Report of the Indian Hemp Drugs Commission, 1894-1895 - Volume V
Year: 1894
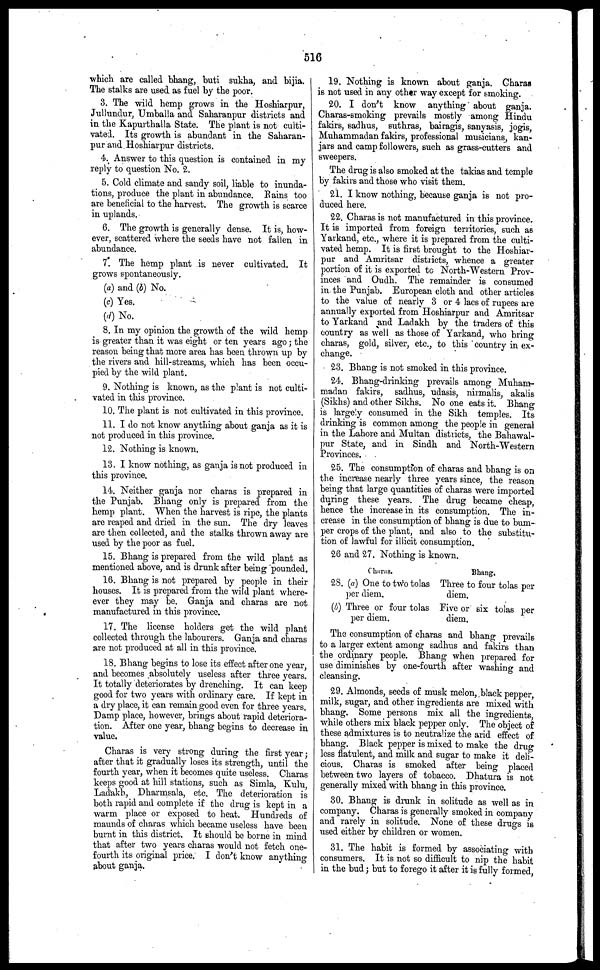
516
which are called bhang, buti sukha, and bijia.
The stalks are used as fuel by the poor.
3. The wild hemp grows in the Hoshiarpur,
Jullundur, Umballa and Saharanpur districts and
in the Kapurthalla State. The plant is not culti-
vated. Its growth is abundant in the Saharan-
pur and Hoshiarpur districts.
4. Answer to this question is contained in my
reply to question No. 2.
5. Cold climate and sandy soil, liable to inunda-
tions, produce the plant in abundance. Rains too
are beneficial to the harvest. The growth is scarce
in uplands.
6. The growth is generally dense. It is, how-
ever, scattered where the seeds have not fallen in
abundance.
7. The hemp plant is never cultivated. It
grows spontaneously.
(a) and (b) No.
(c) Yes.
(d) No.
8. In my opinion the growth of the wild hemp
is greater than it was eight or ten years ago ; the
reason being that more area has been thrown up by
the rivers and hill-streams, which has been occu-
pied by the wild plant.
9. Nothing is known, as the plant is not culti-
vated in this province.
10. The plant is not cultivated in this province.
11. I do not know anything about ganja as it is
not produced in this province.
12. Nothing is known.
13. I know nothing, as ganja is not produced in
this province.
14. Neither ganja nor charas is prepared in
the Punjab. Bhang only is prepared from the
hemp plant. When the harvest is ripe, the plants
are reaped and dried in the sun. The dry leaves
are then collected, and the stalks thrown away are
used by the poor as fuel.
15. Bhang is prepared from the wild plant as
mentioned above, and is drunk after being pounded.
16. Bhang is not prepared by people in their
houses. It is prepared from the wild plant where-
ever they may be. Ganja and charas are not
manufactured in this province.
17. The license holders get the wild plant
collected through the labourers. Ganja and charas
are not produced at all in this province.
18. Bhang begins to lose its effect after one year,
and becomes absolutely useless after three years.
It totally deteriorates by drenching. It can keep
good for two years with ordinary care. If kept in
a dry place, it can remain good even for three years.
Damp place, however, brings about rapid deteriora-
tion. After one year, bhang begins to decrease in
value.
Charas is very strong during the first year;
after that it gradually loses its strength, until the
fourth year, when it becomes quite useless. Charas
keeps good at hill stations, such as Simla, Kulu,
Ladakh, Dharmsala, etc. The deterioration is
both rapid and complete if the drug is kept in a
warm place or exposed to heat. Hundreds of
maunds of charas which became useless have been
burnt in this district. It should be borne in mind
that after two years charas would not fetch one-
fourth its original price. I don't know anything
about ganja.
19. Nothing is known about ganja. Charas
is not used in any other way except for smoking.
20. I don't know anything about ganja.
Charas-smoking prevails mostly among Hindu
fakirs, sadhus, suthras, bairagis, sanyasis, jogis,
Muhammadan fakirs, professional musicians, kan-
jars and camp followers, such as grass-cutters and
sweepers.
The drug is also smoked at the takias and temple
by fakirs and those who visit them.
21. I know nothing, because ganja is not pro-
duced here.
22. Charas is not manufactured in this province.
It is imported from foreign territories, such as
Yarkand, etc., where it is prepared from the culti-
vated hemp. It is first brought to the Hoshiar-
pur and Amritsar districts, whence a greater
portion of it is exported to North-Western Prov-
inces and Oudh. The remainder is consumed
in the Punjab. European cloth and other articles
to the value of nearly 3 or 4 lacs of rupees are
annually exported from Hoshiarpur and Amritsar
to Yarkand and Ladakh by the traders of this
country as well as those of Yarkand, who bring
charas, gold, silver, etc., to this country in ex-
change.
23. Bhang is not smoked in this province.
24. Bhang-drinking prevails among Muham-
madan fakirs, sadhus, udasis, nirmalis, akalis
(Sikhs) and other Sikhs. No one eats it. Bhang
is largely consumed in the Sikh temples. Its
drinking is common among the people in general
in the Lahore and Multan districts, the Bahawal-
pur State, and in Sindh and North-Western
Provinces.
25. The consumption of charas and bhang is on
the increase nearly three years since, the reason
being that large quantities of charas were imported
during these years. The drug became cheap,
hence the increase in its consumption. The in-
crease in the consumption of bhang is due to bum-
per crops of the plant, and also to the substitu-
tion of lawful for illicit consumption.
26 and 27. Nothing is known.
2S.
(b)
Charas.
(a) One to two tolas
per diem.
Three or four tolas
per diem.
Bhang.
Three to four tolas per
diem.
Five or six tolas per
diem.
The consumption of charas and bhang prevails
to a larger extent among sadhus and fakirs than
the ordinary people. Bhang when prepared for
use diminishes by one-fourth after washing and
cleansing.
29. Almonds, seeds of musk melon, black pepper,
milk, sugar, and other ingredients are mixed with
bhang. Some persons mix all the ingredients,
while others mix black pepper only. The object of
these admixtures is to neutralize the arid effect of
bhang. Black pepper is mixed to make the drug
less flatulent, and milk and sugar to make it deli-
cious. Charas is smoked after being placed
between two layers of tobacco. Dhatura is not
generally mixed with bhang in this province.
30. Bhang is drunk in solitude as well as in
company. Charas is generally smoked in company
and rarely in solitude. None of these drugs is
used either by children or women.
31. The habit is formed by associating with
consumers. It is not so difficult to nip the habit
in the bud ; but to forego it after it is fully formed,